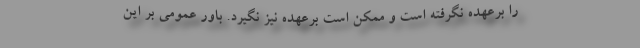
را برعهده نگرفته است و ممکن است برعهده نیز نگیرد. باور عمومی بر این